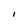
Character: I